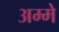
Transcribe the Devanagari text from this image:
अम्मे